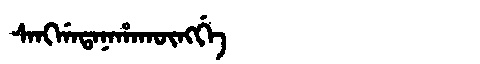
Manchu: ᠰᠠᠩᡤᠠᡨᠠᠨᠠᡥᠠᡴᡡᠩᡤᡝ
Romanization: SANGGATANAHAKŪNGGE